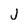
Character: j